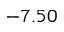
- 7 . 5 0